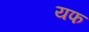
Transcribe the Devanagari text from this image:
यफ